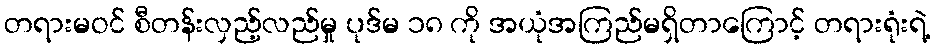
တရားမဝင် စီတန်းလှည့်လည်မှု ပုဒ်မ ၁၈ ကို အယုံအကြည်မရှိတာကြောင့် တရားရုံးရဲ့